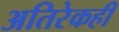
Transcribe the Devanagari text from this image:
अतिरेकही